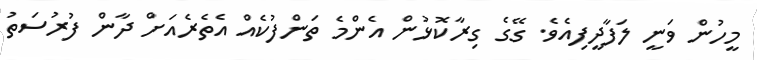
މީހުން ވަނީ ލަފާދީފިއެވެ. ގޭގެ ގިރާކޮޅުން އެންމެ ތަންފުކެއް އެތެރެއަށް ދާން ފުރުސަތު